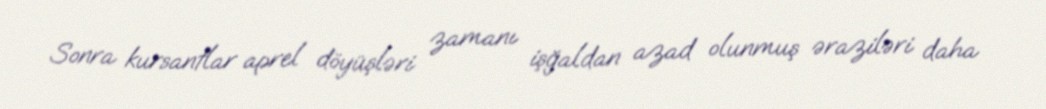
Sonra kursantlar aprel döyüşləri zamanı işğaldan azad olunmuş əraziləri daha